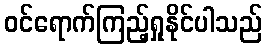
ဝင်ရောက်ကြည့်ရှုနိုင်ပါသည်